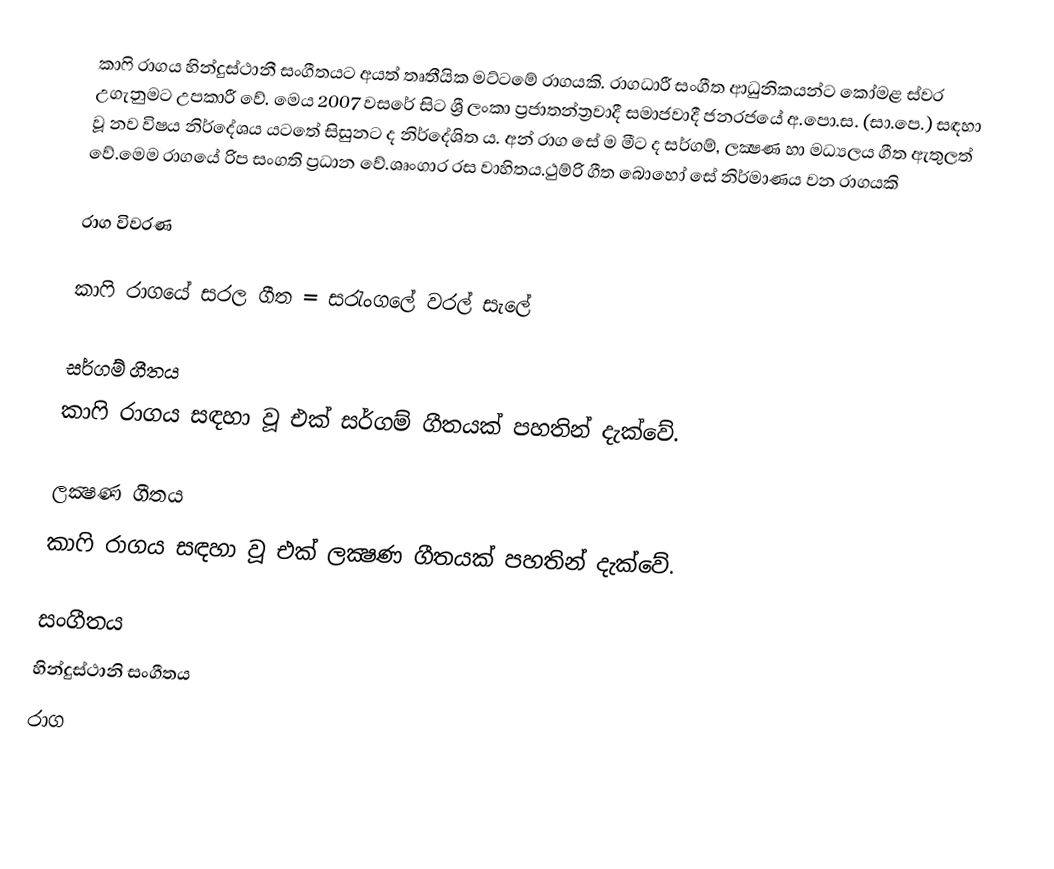
කාෆි රාගය හින්දුස්ථානී සංගීතයට අයත් තෘතීයික මට්ටමේ රාගයකි. රාගධාරී සංගීත ආධුනිකයන්ට කෝමළ ස්වර උගැනුමට උපකාරී වේ. මෙය 2007 වසරේ සිට ශ්‍රී ලංකා ප්‍රජාතන්ත්‍රවාදී සමාජවාදී ජනරජයේ අ.පො.ස. (සා.පෙ.) සඳහා වූ නව විෂය නිර්දේශය යටතේ සිසුනට ද නිර්දේශිත ය. අන් රාග සේ ම මීට ද සර්ගම්, ලක්‍ෂණ හා මධ්‍යලය ගීත ඇතුලත් වේ.මෙම රාගයේ රිප සංගති ප්‍රධාන වේ.ශෘංගාර රස වාහිතය.ථුම්රි ගීත බොහෝ සේ නිර්මාණය වන රාගයකි

රාග විවරණ

කාෆි රාගයේ සරල ගීත = සරැංගලේ වරල් සැලේ

සර්ගම් ගීතය
කාෆි රාගය සඳහා වූ එක් සර්ගම් ගීතයක් පහතින් දැක්වේ.

ලක්‍ෂණ ගීතය
කාෆි රාගය සඳහා වූ එක් ලක්‍ෂණ ගීතයක් පහතින් දැක්වේ.

සංගීතය
හින්දුස්ථානි සංගීතය
රාග